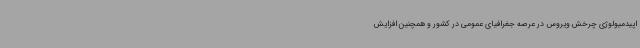
اپیدمیولوژی چرخش ویروس در عرصه جغرافیای عمومی در کشور و همچنین افزایش